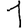
Digit: 1